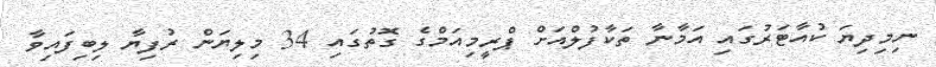
ނިމިދިޔަ ކުއާޓަރުގައި އަމާނާ ތަކާފުލްއަށް ޕްރީމިއަމްގެ ގޮތުގައި 34 މިލިޔަން ރުފިޔާ ލިބިފައިވާ